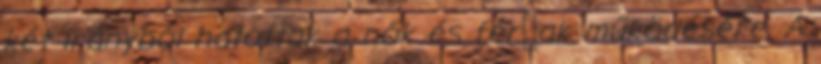
két irányból hatottak a nők és férﬁak működésére. A